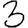
Digit: 3